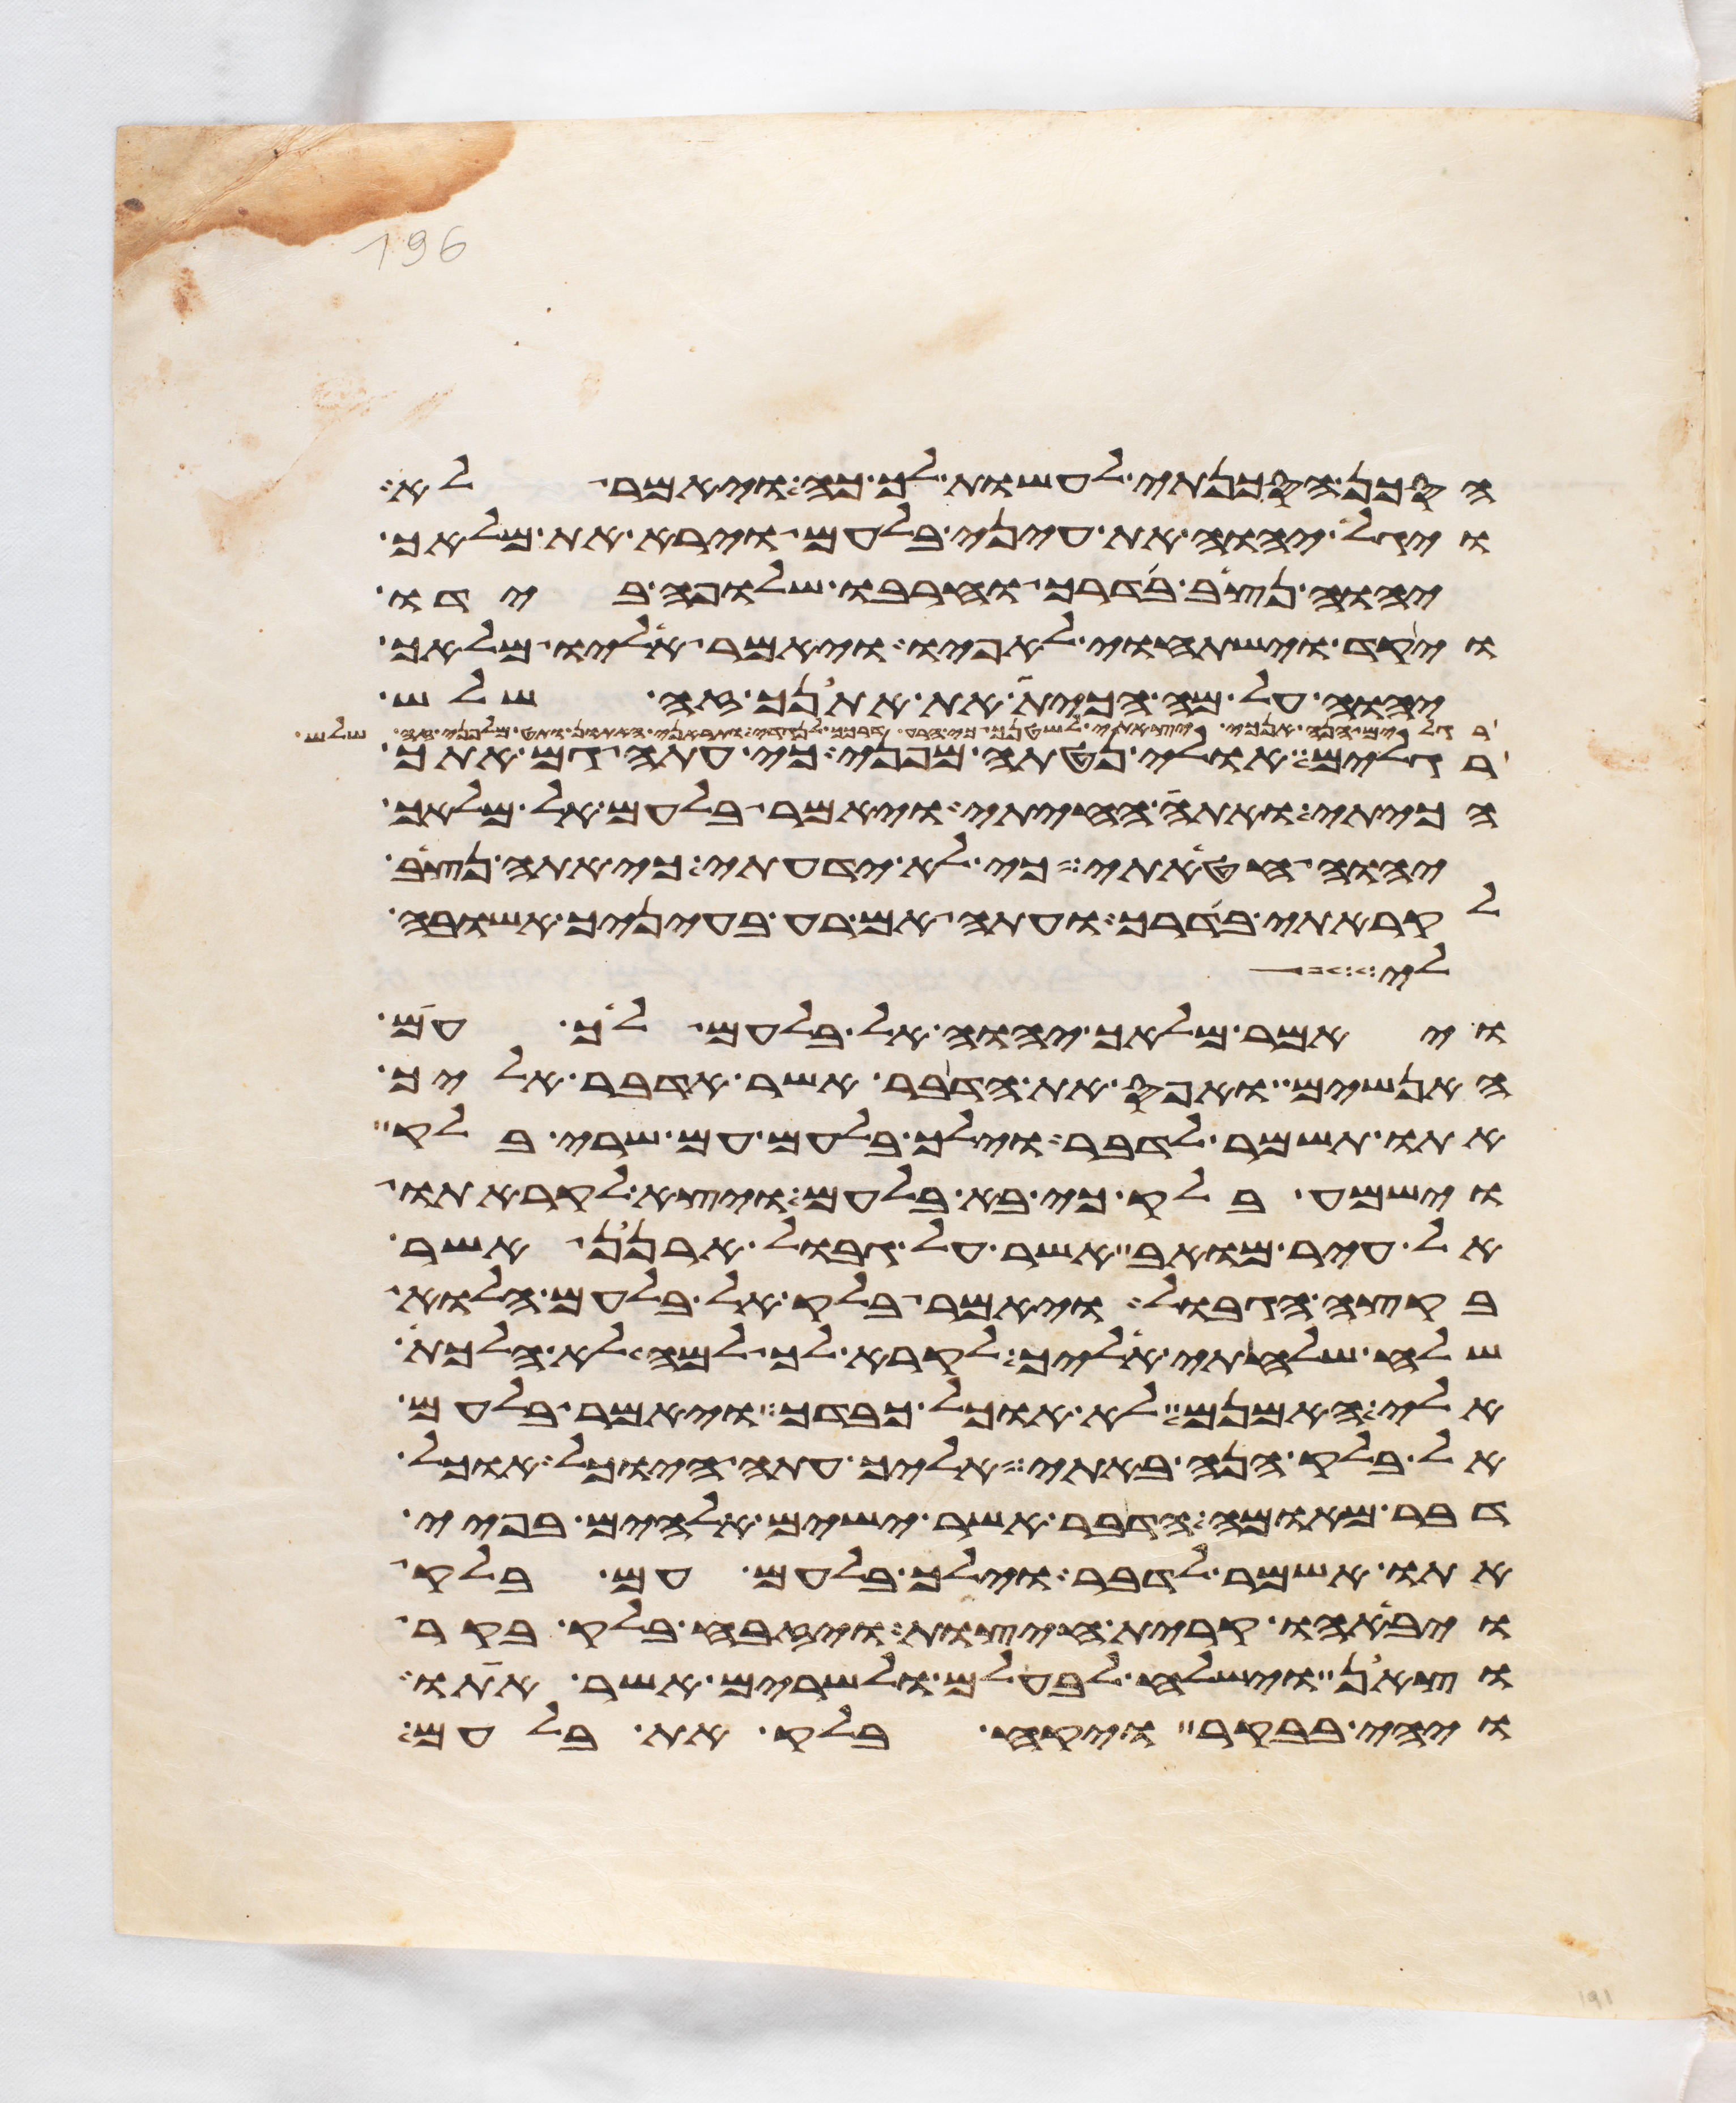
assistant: הסכן הסכנתי לעשות לך כה ויאמר לא
ויגל יהוה את עיני בלעם וירא את מלאך
יהוה נצב בדרך וחרבו שלופה בידו
ויקד וישתחוי לאפיו ויאמר אליו מלאך
יהוה על מה הכית את אתנך זה שלש
רגלים הנה אנכי יצאתי לשטנך כי הרע דרכך לנגדי ותראני האתון ותט מלפני זה שלש
רגלים אולי נטתה מפני כי עתה גם אתך
הכיתי ואתה החייתי ויאמר בלעם אל מלאך
יהוה חטאתי כי לא ידעתי כי אתה נצב
לקראתי בדרך ועתה אם רעה בעיניך אשובה
לי
ויאמר מלאך יהוה אל בלעם לך עם
האנשים ואפס את הדבר אשר אדבר אליך
אתו תשמר לדבר וילך בלעם עם שרי בלק
וישמע בלק כי בא בלעם ויצא לקראתו
אל עיר מואב אשר על גבול ארנן אשר
בקצה הגבול ויאמר בלק אל בלעם הלוא
שלח שלחתי אליך לקרא לך למה לא הלכת
אלי האמנם לא אוכל כבדך ויאמר בלעם
אל בלק הנה באתי אליך עתה היוכל אוכל
דבר מאומה הדבר אשר ישים אלהים בפיי
אתו אשמר לדבר וילך בלעם עם בלק
ויבאהו קרית חיצות ויזבח בלק בקר
וצאן וישלח לבלעם ולשרים אשר אתו
ויהי בבקר ויקח בלק את בלעם